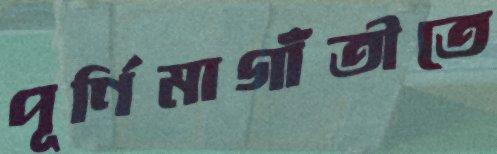
পূর্ণিমাগাঁতীতে